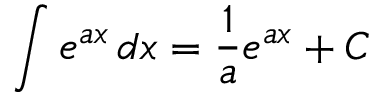
\int e ^ { a x } \, d x = { \frac { 1 } { a } } e ^ { a x } + C